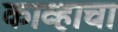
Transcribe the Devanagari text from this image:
काव्हाचा